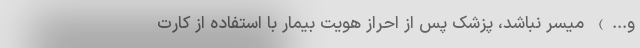
و...) میسر نباشد، پزشک پس از احراز هویت بیمار با استفاده از کارت